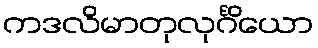
ကဒလိမာတုလုင်္ဂိယော